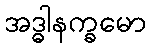
အဒ္ဓါနက္ခမော